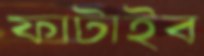
ফাটাইব